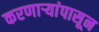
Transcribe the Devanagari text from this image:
करणाऱ्यांपासून